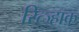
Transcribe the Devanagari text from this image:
रित्ज्हाक